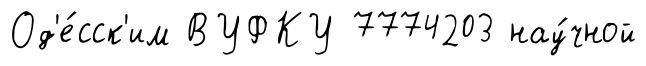
Од'е́сск'им ВУФКУ 7774203 нау́чной